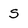
Character: S